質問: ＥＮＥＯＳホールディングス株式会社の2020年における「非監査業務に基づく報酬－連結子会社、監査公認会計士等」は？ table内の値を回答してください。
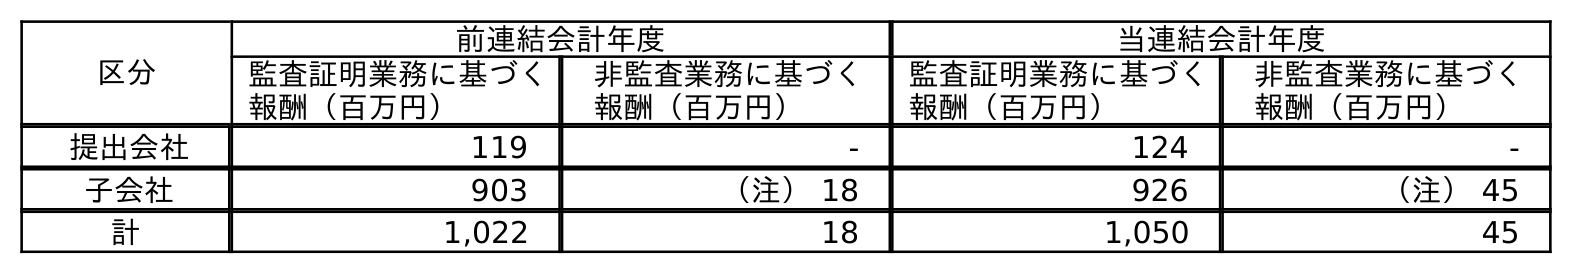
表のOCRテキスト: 区分 前連結会計年度 当連結会計年度 監査証明業務に基づく 報酬（百万円） 非監査業務に基づく 報酬（百万円） 監査証明業務に基づく 報酬（百万円） 非監査業務に基づく 報酬（百万円） 提出会社 119 - 124 - 子会社 903 （注） 18 926 （注） 45 計 1,022 18 1,050 45
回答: （注）45